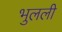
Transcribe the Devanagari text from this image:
भुलली